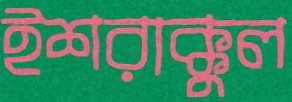
ইশরাক্কুল